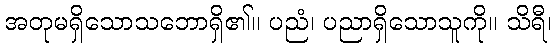
အတုမရှိသောသဘောရှိ၏။ ပညံ၊ ပညာရှိသောသူကို။ သိရီ၊